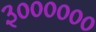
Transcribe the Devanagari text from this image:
३००००००